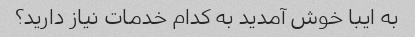
به ایبا خوش آمدید به کدام خدمات نیاز دارید؟